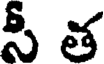
సీ త